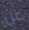
عن